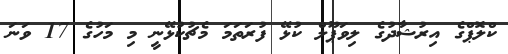
ކްލޮޕްގެ އިރުޝާދުގެ ލިވަޕޫލް ކުޅޭ ފުރަތަމަ މެޗުކުޅޭނީ މި މަހުގެ 17 ވަނަ